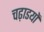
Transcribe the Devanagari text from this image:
चढ़ाडयों